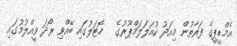
އެމްޑީޕީގެ ފަރާތުން މިއަދު ކުއަލަލަމްޕޫރުގެ   ހޮޓަލުގައި ބޭއްވި ރޯދަ ވީއްލުމުގައި